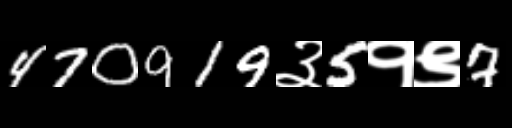
Text: 470919३5१९7